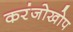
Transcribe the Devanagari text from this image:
करंजोखोप